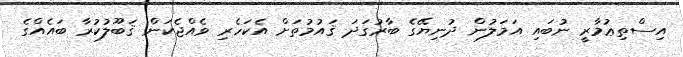
އިސްތިޢުމާރީ ނުބައި އަމަލުން ދުނިޔޭގެ ބާރުގަދަ ޤައުމުތަށް އެކަހެރި ވެއްޖެކަން ޤަބޫލުކުރާ ބައެއްގެ